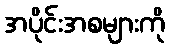
အပိုင်းအစများကို